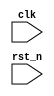
module top(
    input clk,
    input rst_n
);
    wire rst = ~rst_n;





endmodule